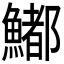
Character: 𩼁